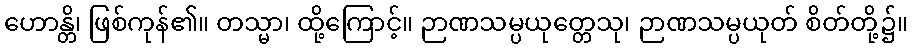
ဟောန္တိ၊ ဖြစ်ကုန်၏။ တသ္မာ၊ ထို့ကြောင့်။ ဉာဏသမ္ပယုတ္တေသု၊ ဉာဏသမ္ပယုတ် စိတ်တို့၌။